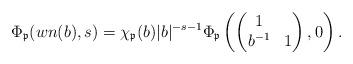
LaTeX: \begin{align*}\Phi_\mathfrak{p}( w n(b) ,s) = \chi_\mathfrak{p}(b) | b |^{ -s-1 } \Phi_\mathfrak{p} \left( \left( \begin{matrix} 1 & \\ b^{-1} & 1 \end{matrix} \right) ,0 \right).\end{align*}